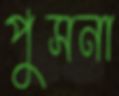
পুসনা